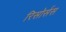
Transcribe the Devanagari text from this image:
रिसोर्सस